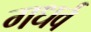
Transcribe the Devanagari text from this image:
गधर्व